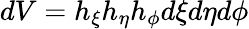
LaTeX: dV=h_{\xi}h_{\eta}h_{\phi}d\xi d\eta d\phi